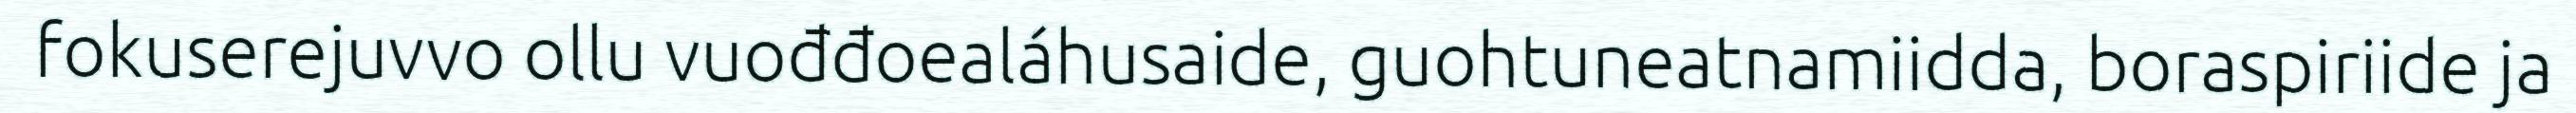
fokuserejuvvo ollu vuođđoealáhusaide, guohtuneatnamiidda, boraspiriide ja